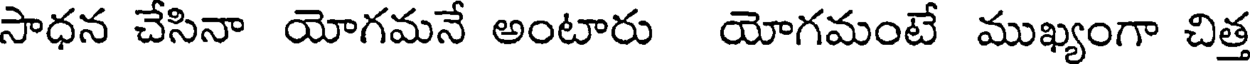
సాధన చేసినా యోగమనే అంటారు యోగమంటే ముఖ్యంగా చిత్త